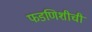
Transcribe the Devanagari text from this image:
फडणिशीची